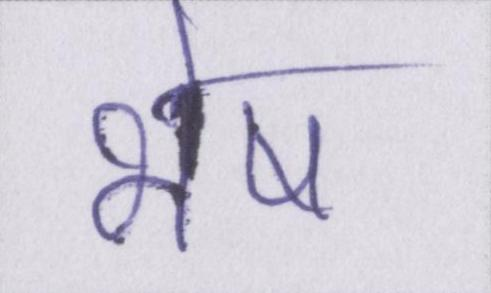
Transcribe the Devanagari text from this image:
भेष